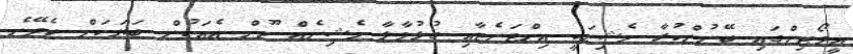
އީވޯޓިންގައި ބޭނުންކުރާ މެޝިނަކީ އިންޓަނެޓާއި ގުޅުވާލާ މެޝިނެއް ނޫން އެއަކުން ބަޔަކަށް ހެދޭނެ